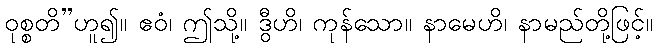
ဝုစ္စတိ”ဟူ၍။ ဧဝံ၊ ဤသို့။ ဒွီဟိ၊ ကုန်သော။ နာမေဟိ၊ နာမည်တို့ဖြင့်။